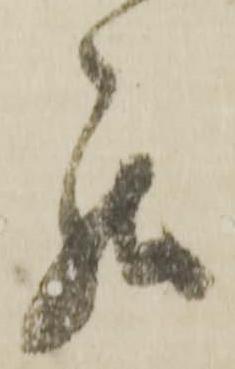
罷